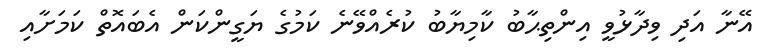
އޭނާ އަދި ވިދާޅުވީ އިންތިޙާބު ކާމިޔާބު ކުރެއްވޭނެ ކަމުގެ ޔަގީންކަން އެބައޮތް ކަމަށާއި